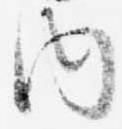
内